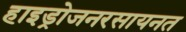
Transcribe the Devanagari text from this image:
हाइड्रोजनरसायनत